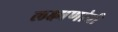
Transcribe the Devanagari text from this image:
लक्ष्मणांची